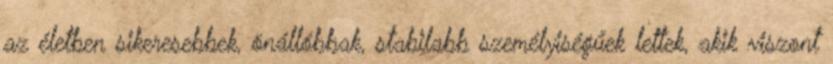
az életben sikeresebbek, önállóbbak, stabilabb személyiségűek lettek, akik viszont